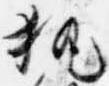
執